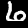
Label: 6